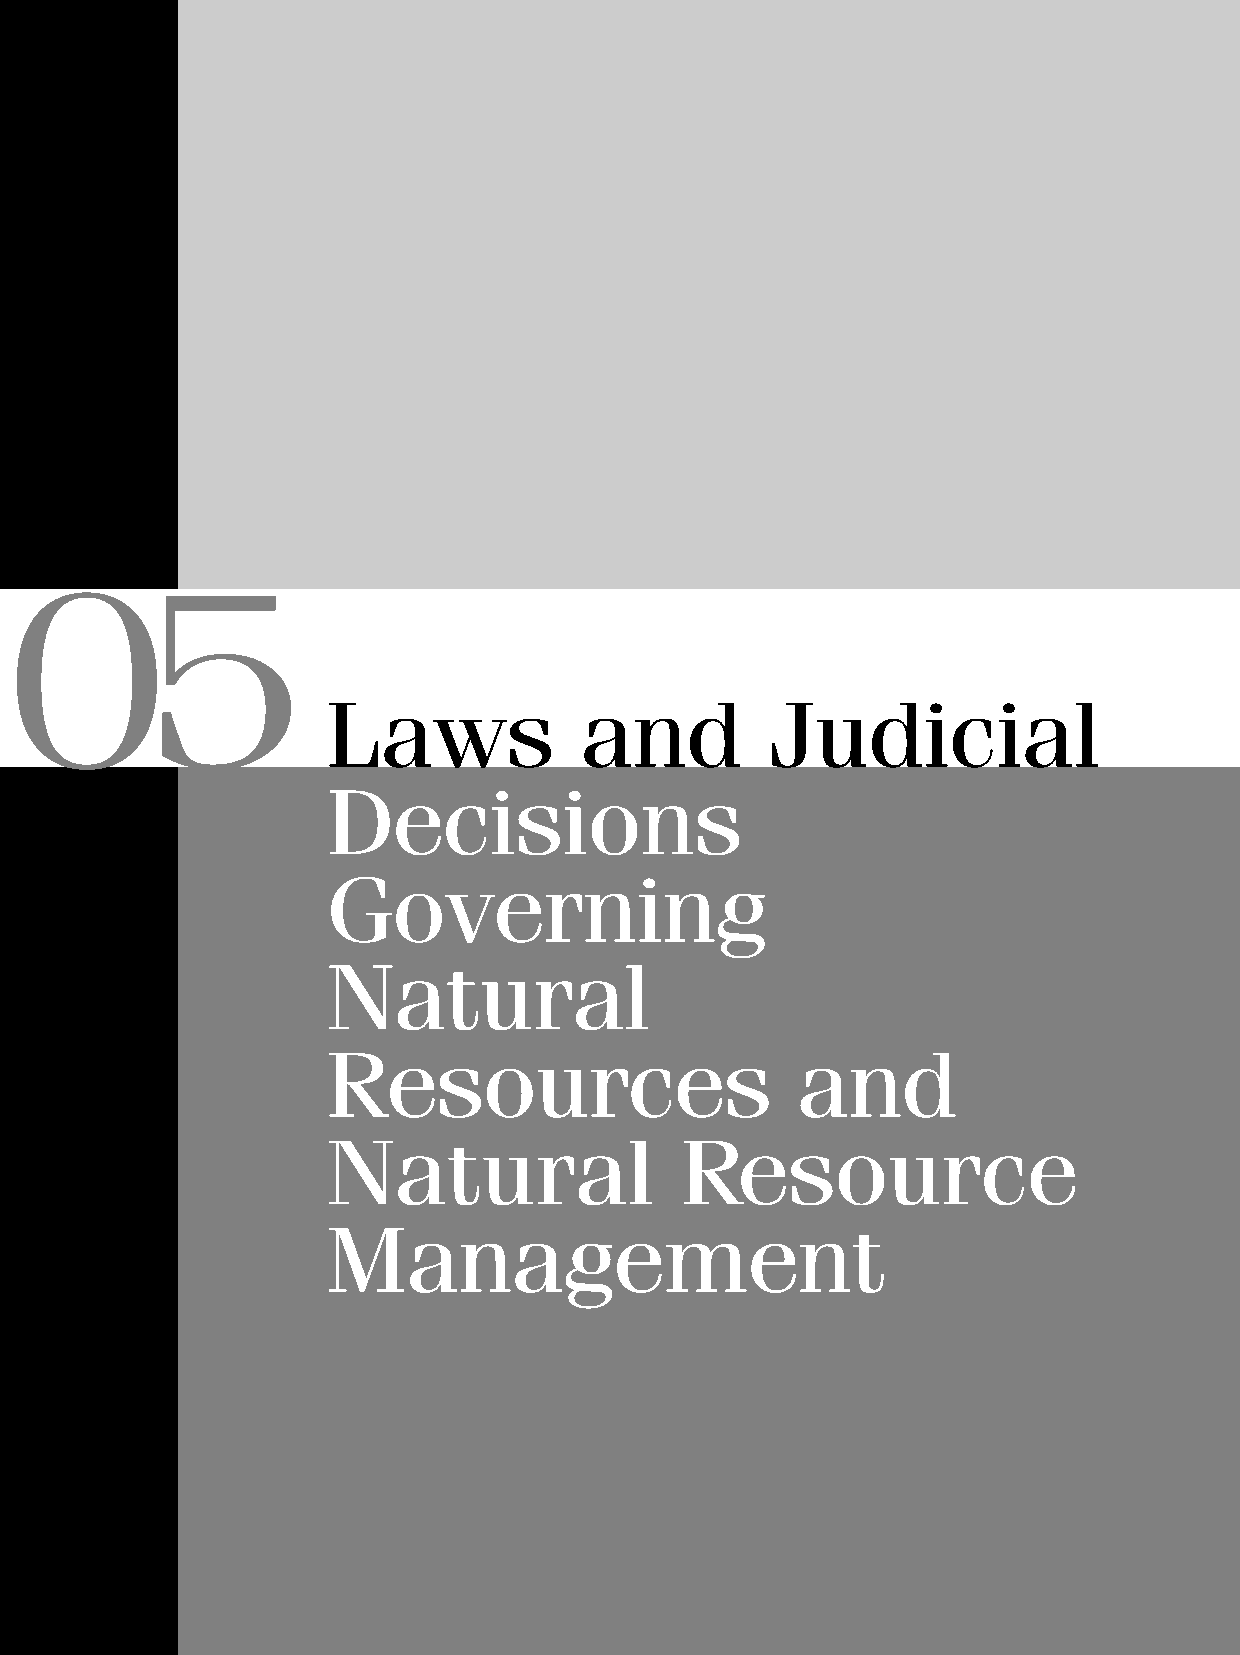
05
 Laws            and          Judicial
 De     c  i s  i o  n   s
 Go     v   e  r  n  i n  g
 Na      t u  r  a  l
 Resources                      and
 Natural                Res       o   u  r  c  e
 Ma      n   a  g   e  m     e  n  t